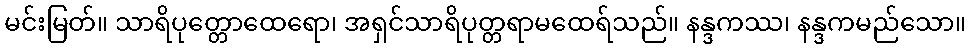
မင်းမြတ်။ သာရိပုတ္တောထေရော၊ အရှင်သာရိပုတ္တရာမထေရ်သည်။ နန္ဒကဿ၊ နန္ဒကမည်သော။